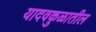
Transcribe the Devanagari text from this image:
यादवकुळातील